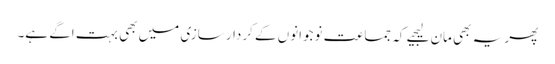
پھر یہ بھی مان لیجیے کہ جماعت نوجوانوں کے کردار سازی میں بھی بہت اگے ہے۔